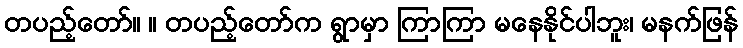
တပည့်တော်။ ။ တပည့်တော်က ရွာမှာ ကြာကြာ မနေနိုင်ပါဘူး၊ မနက်ဖြန်